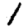
Digit: 1